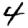
Digit: 4